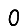
Digit: 0